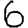
Digit: 6